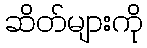
ဆိတ်များကို